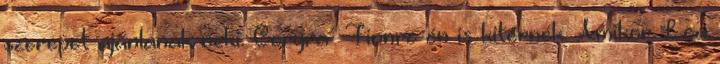
szerepet ajánlanak neki. Coryra Finnre én is kitérnék. Amikor Lea